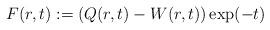
LaTeX: \begin{align*}F(r,t):=(Q(r,t)-W(r,t))\exp(- t)\end{align*}